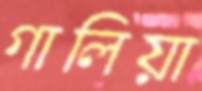
গালিয়া